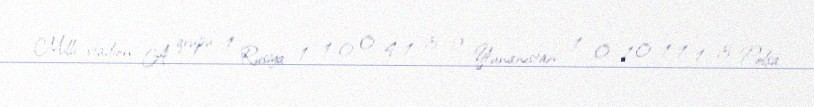
Milli stadion A qrupu 1 Rusiya 1 1 0 0 4-1 3 2 Yunanıstan 1 0 1 0 1-1 1 3 Polşa